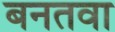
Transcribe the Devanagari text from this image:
बनतवा